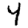
Digit: 4